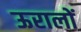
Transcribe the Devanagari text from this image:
ऊरालों